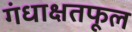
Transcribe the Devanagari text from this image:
गंधाक्षतफूल